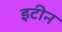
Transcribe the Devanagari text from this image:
इटीन